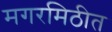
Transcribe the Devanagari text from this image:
मगरमिठीत